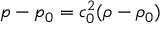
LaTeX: p - p _ { 0 } = c _ { 0 } ^ { 2 } ( \rho - \rho _ { 0 } )